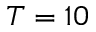
T = 1 0